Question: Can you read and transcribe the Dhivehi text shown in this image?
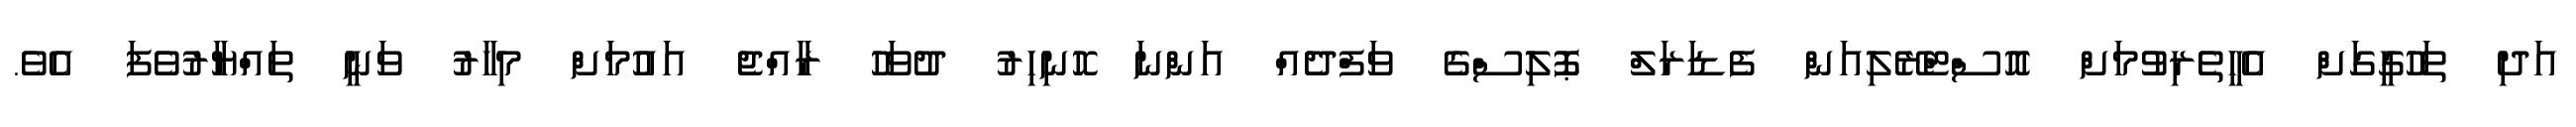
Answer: އަދި ތަހުގީގަށް އެހީތެރިވުމަށް އޮސްޓްރޭލިއަން ފެޑަރަލް ޕޮލިސްގެ ވަފްދެއް އަންނަ ހޮނިހިރު ދުވަހު ރާއްޖެ އައުމަށް މިހާރު ވަނީ ތައްޔާރުވެފަ އެވެ.